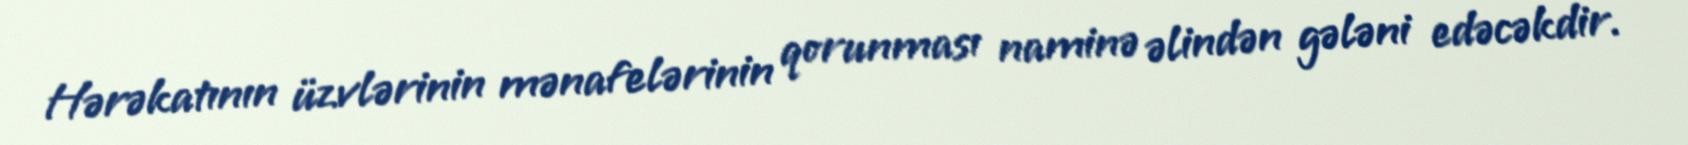
Hərəkatının üzvlərinin mənafelərinin qorunması naminə əlindən gələni edəcəkdir.